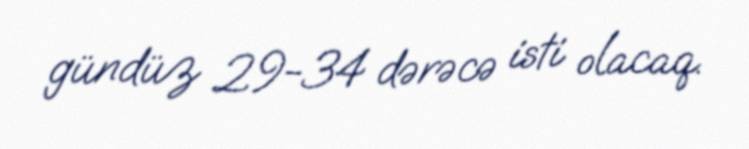
gündüz 29-34 dərəcə isti olacaq.